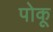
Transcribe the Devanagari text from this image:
पोकू